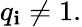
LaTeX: q_{\mathbf{i}}\neq1.